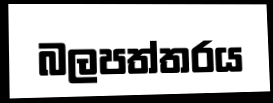
බලපත්තරය